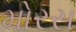
મોરસ